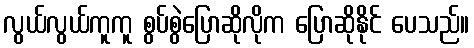
လွယ်လွယ်ကူကူ စွပ်စွဲပြောဆိုလိုက ပြောဆိုနိုင် ပေသည်။